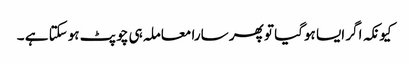
کیونکہ اگر ایسا ہوگیا تو پھر سارا معاملہ ہی چوپٹ ہوسکتا ہے ۔